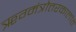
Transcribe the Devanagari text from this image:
ॠग्मंत्रोत्तरकालांत